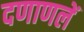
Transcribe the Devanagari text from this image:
दणाणलें